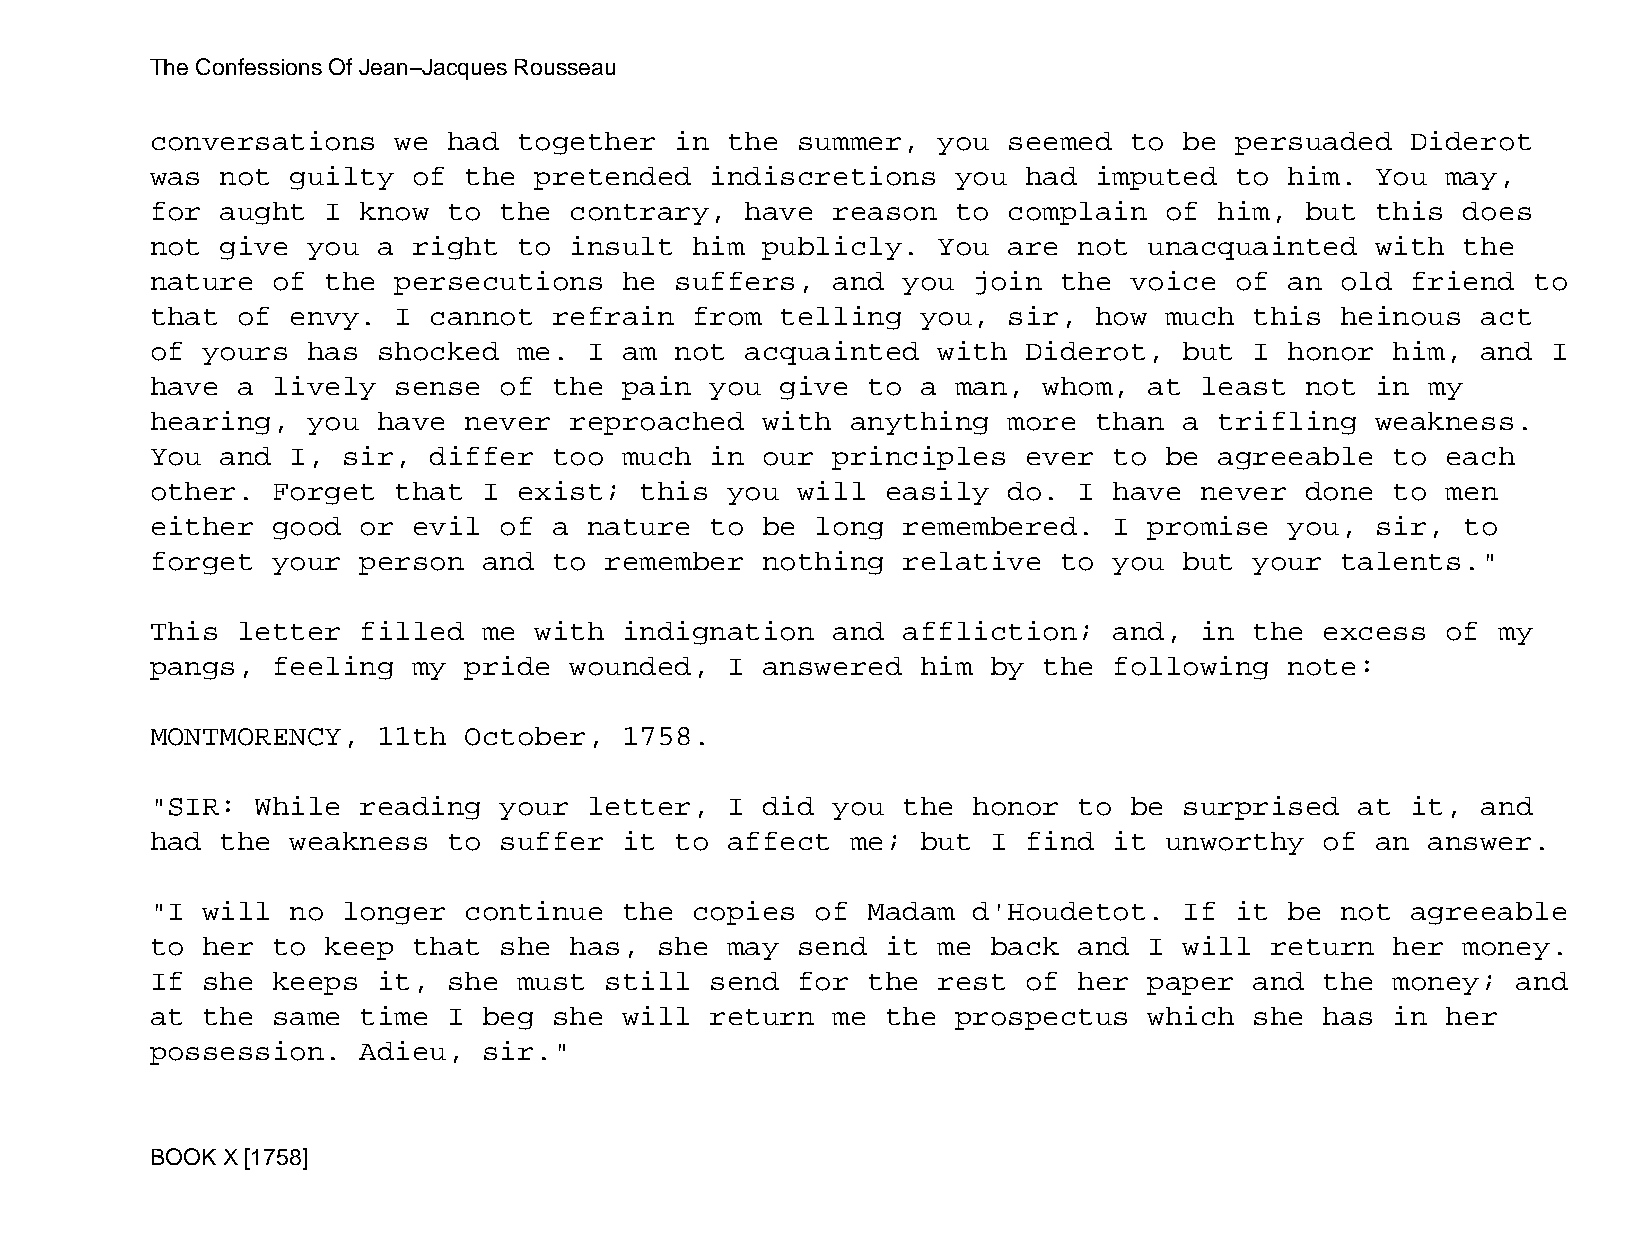
The Confessions Of Jean−Jacques Rousseau
 conversations   we  had together   in the  summer,  you  seemed  to be  persuaded  Diderot
 was  not guilty  of  the pretended   indiscretions   you  had imputed   to him.  You  may,
 for  aught  I know  to the  contrary,  have  reason  to  complain  of  him, but  this  does
 not  give you  a right  to  insult  him publicly.   You  are not  unacquainted   with  the
 nature  of  the persecutions   he  suffers,  and  you join  the  voice  of an  old friend  to
 that  of envy.  I cannot   refrain  from  telling  you,  sir, how  much  this  heinous  act
 of yours  has  shocked  me.  I am  not acquainted   with  Diderot,  but  I honor  him,  and  I
 have  a lively  sense  of  the pain  you  give to  a man,  whom,  at least  not  in  my
 hearing,  you  have  never  reproached  with  anything   more than  a  trifling  weakness.
 You  and I,  sir, differ   too much  in our  principles   ever  to be  agreeable  to  each
 other.  Forget  that  I exist;  this  you  will  easily  do. I  have never  done  to  men
 either  good  or evil  of  a nature  to be  long  remembered.   I promise  you,  sir,  to
 forget  your  person  and  to remember  nothing   relative  to  you but  your  talents."
 This  letter  filled  me with  indignation   and  affliction;   and, in  the  excess  of my
 pangs,  feeling  my  pride  wounded,  I answered   him  by the  following  note:
 MONTMORENCY,   11th  October,  1758.
 "SIR:  While  reading  your  letter,  I did  you  the honor  to  be surprised   at it,  and
 had  the weakness   to suffer  it  to affect  me;  but  I find  it unworthy   of an  answer.
 "I will  no  longer  continue  the  copies  of Madam  d'Houdetot.   If  it be  not agreeable
 to her  to  keep that  she  has,  she may  send  it me  back and  I will  return  her  money.
 If she  keeps  it,  she must  still  send  for the  rest  of her  paper  and  the money;  and
 at the  same  time  I beg  she will  return  me  the prospectus   which  she  has in  her
 possession.   Adieu,  sir."
 BOOK X [1758]